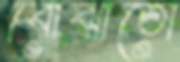
বোঝাতো